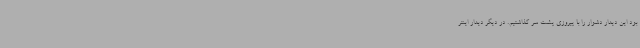
بود این دیدار دشوار را با پیروزی پشت سر گذاشتیم. در دیگر دیدار اینتر